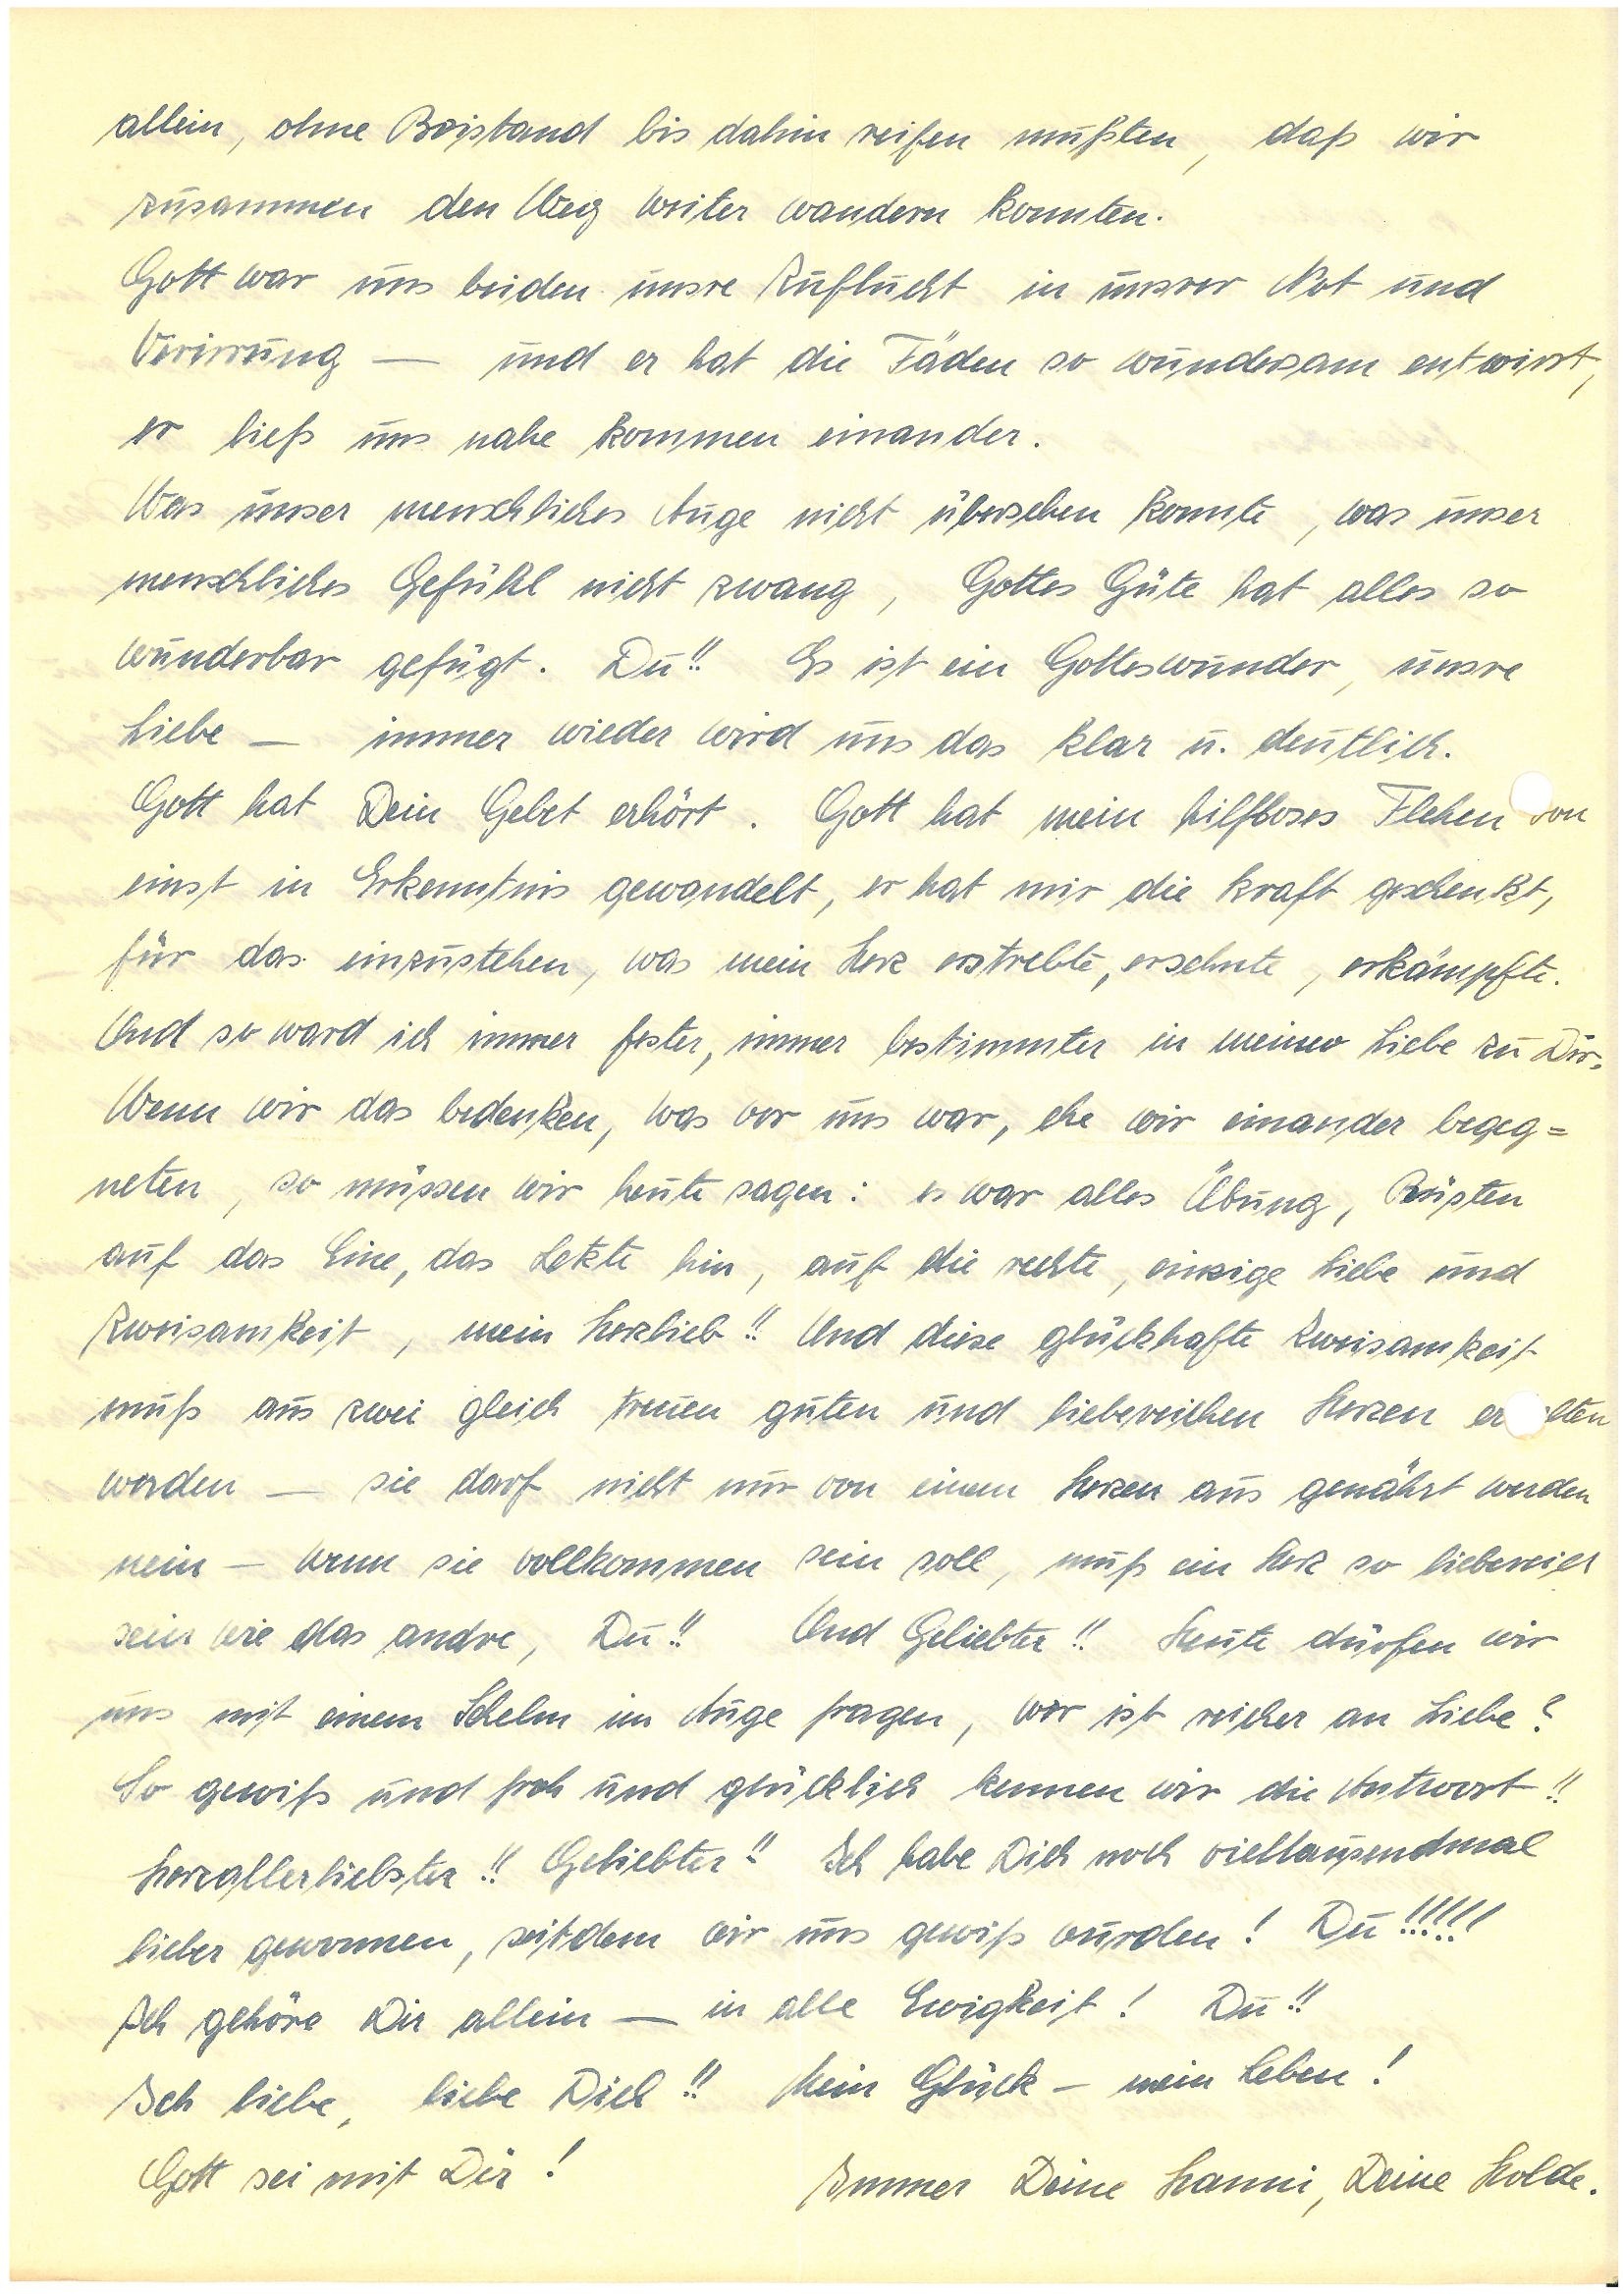
allein, ohne Beistand bis dahin reifen mußten, daß wir
zusammen den Weg weiter wandern konnten.
Gott war uns beiden unsre Zuflucht in unsrer Not und
Verirrung — und er hat die Fäden so wundersam entwirrt,
er ließ uns nahe kommen einander.
Was unser menschliches Auge nicht übersehen konnte, was unser
menschliches Gefühl nicht zwang, Gottes Güte hat alles so
wunderbar gefügt. Du!! Es ist ein Gotteswunder, unsere
Liebe – immer wieder wird uns das klar u. deutlich.
Gott hat Dein Gebet erhört. Gott hat mein hilfloses Flehen von
einst in Erkenntnis gewandelt, er hat mir die Kraft geschenkt,
für das einzustehen, was mein Herz erstrebte, ersehnte, erkämpfte.
Und so ward ich immer fester, immer bestimmter in meiner Liebe zu Dir.
Wenn wir das bedenken, was vor uns war, ehe wir einander begeg¬
neten, so müssen wir heute sagen: es war alles Übung, Rüsten
auf das Eine, das Letzte hin, auf die rechte, einzige Liebe und
Zweisamkeit, mein Herzlieb!! Und diese glückhafte Zweisamkeit
muss aus zwei gleich treuen guten und liebereichen Herzen erlten
werden – sie darf nicht nur von einem Herzen aus genährt werden
nein – wenn sie vollkommen sein soll, muss ein Herz so liebereich
sein wie das andre, Du!! Und Geliebter!! Heute dürfen wir
uns mit einem Schelm im Auge fragen, wer ist reicher an Liebe?
So gewiß und froh und glücklich kennen wir die Antwort!!
Herzallerliebster!! Geliebter!! Ich habe Dich noch vieltausendmal
lieber gewonnen, seitdem wir uns gewiß wurden! Du!!!!!
Ich gehöre Dir allein – in alle Ewigkeit! Du!!
Ich liebe, liebe Dich!! Mein Glück – mein Leben!
Gott sei mit Dir!
Immer Deine , Deine Holde.